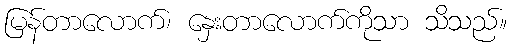
မြန်တာလောက်၊ နှေးတာလောက်ကိုသာ သိသည်။